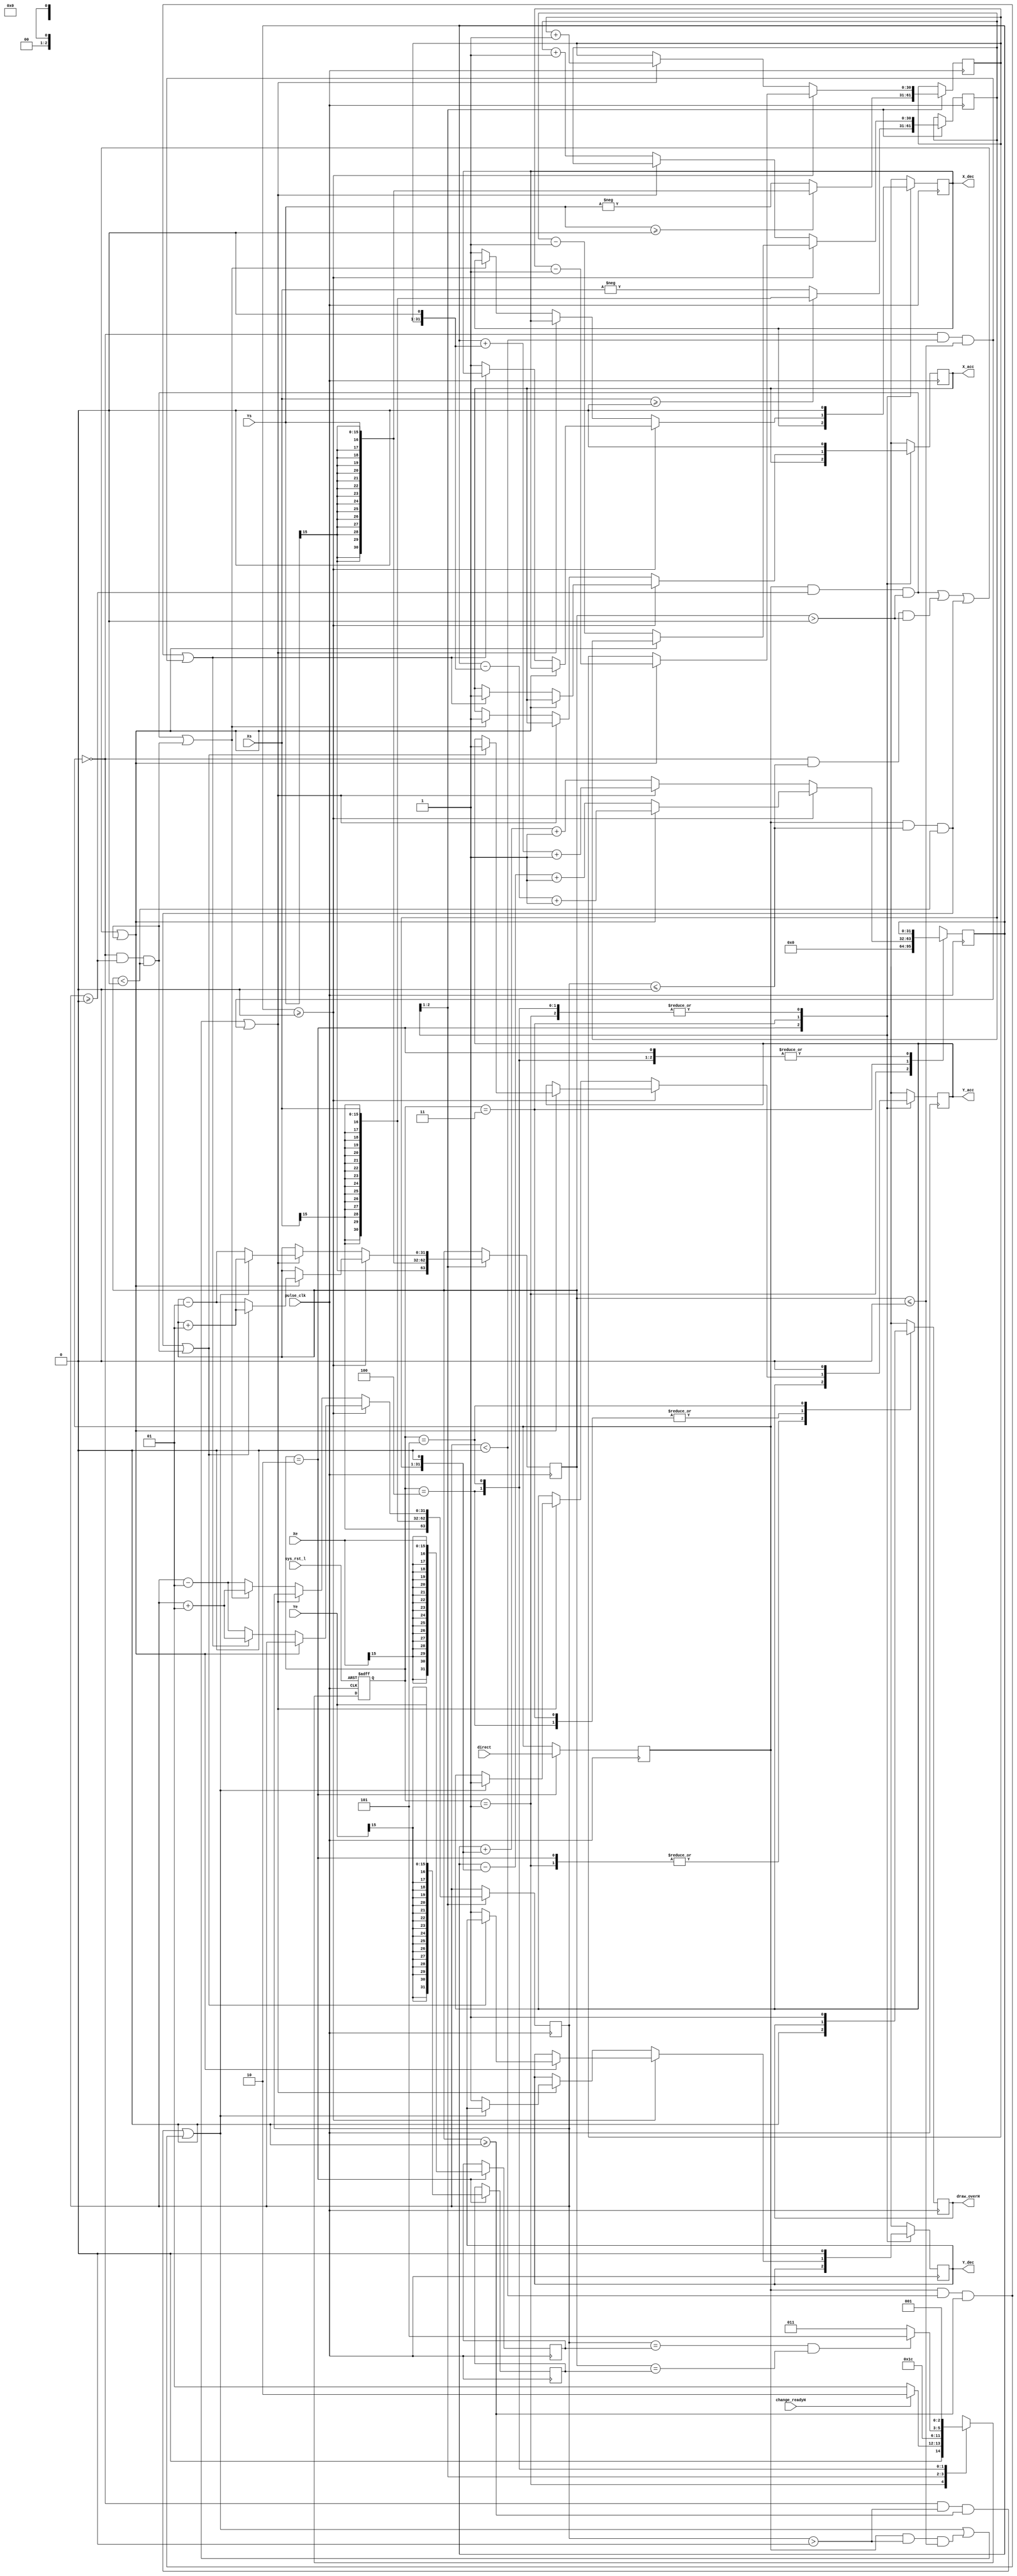

//

module test(// input
				pulse_clk,
				sys_rst_l,
				direct,
				Xs,
				Ys,
				Xe,
				Ye,
				change_readyH,
				// output
				X_acc,
				Y_acc,
				X_dec,
				Y_dec,
				draw_overH
);

parameter	LO 		= 1'b0,
          	HI		= 1'b1,		
 		  	X		= 1'bx;

parameter	r_IDLE 		= 3'b001,
			r_INIT		= 3'b010,
         	r_WORK  	= 3'b011,
			r_JUDGE		= 3'b100,
			r_0VER		= 3'b101;

reg		[2:0]		state;
reg		[2:0]		next_state;
			
input			pulse_clk;
input			sys_rst_l;
input			direct;
input	signed [15:0]	Xs;
input	signed [15:0]	Ys;
input	signed [15:0]	Xe;
input	signed [15:0]	Ye;
input			change_readyH;

output			X_acc;
output			Y_acc;
output			X_dec;
output			Y_dec;
output			draw_overH;

reg				X_acc;
reg				Y_acc;
reg				X_dec;
reg				Y_dec;
reg				draw_overH;


integer		i_Xe;		//
integer		i_Ye;
integer		i_Xi;		//
integer		i_Yi;
reg		[30:0]	Xi_abs;		//
reg		[30:0]	Yi_abs;
reg				i_direct;
integer			i_sign;		//
integer			error;		//

///
always @ (posedge pulse_clk or negedge sys_rst_l) begin //
	if(~sys_rst_l)
		state <= r_IDLE;
	else
		state <= next_state;
end

always @ (state or change_readyH or i_Xi or i_Yi) begin
	
	next_state = X;
		
    case(state)
	
		r_IDLE: begin
			if (change_readyH)
				next_state = r_INIT;
			else
				next_state = r_IDLE;	
		end
		
		r_INIT: begin
			next_state = r_WORK;
		
		end
		
		r_WORK: begin
				next_state = r_JUDGE;
		end
		
		r_JUDGE: begin
			if (i_Xi == i_Xe && i_Yi == i_Ye)
				next_state = r_0VER;
			else
				next_state = r_WORK;	
		end		
		
		r_0VER: begin
				next_state = r_IDLE;	
		end
    endcase
end


always @ (posedge pulse_clk) begin

	case(state)

		r_IDLE: begin//
			draw_overH = LO;	
			X_acc = 0;
			Y_acc = 0;
			X_dec = 0;
			Y_dec = 0;	
			error = 0;
		end
		
		r_INIT: begin	//
			draw_overH = LO;
			i_Xe = Xe;
			i_Ye = Ye;
			i_Xi = Xs;
			i_Yi = Ys;
			i_direct = direct;
			
			if (i_Xi >= 0)
				Xi_abs = i_Xi;
			else
				Xi_abs = -i_Xi;
				
			if (i_Yi >= 0)
				Yi_abs = i_Yi;
			else
				Yi_abs = -i_Yi;
		end
		
		r_WORK: begin
			if (error >= 0) begin
				if (i_direct == 1 && i_Xi >= 0 && i_Yi > 0	//SR1
					||i_direct == 0 && i_Xi <= 0 && i_Yi > 0	//NR2
					||i_direct == 1 && i_Xi <= 0 && i_Yi < 0	//SR3
					||i_direct == 0 && i_Xi >= 0 && i_Yi < 0	//NR4
				) begin
					if (i_direct == 1 && i_Xi <= 0 && i_Yi < 0	//SR3
						||i_direct == 0 && i_Xi >= 0 && i_Yi < 0	//NR4
					) begin
						Y_acc = 1;
						i_Yi = i_Yi + 1;
					end
					else begin
						Y_dec = 1;
						i_Yi = i_Yi - 1;						
					end
					error = error - {Yi_abs[30:0],1'b0} + 1;
					Yi_abs = Yi_abs - 31'b1;
				end
				else begin
					if (i_direct == 1 && i_Xi < 0 && i_Yi >= 0	//SR2
						||i_direct == 0 && i_Xi < 0 && i_Yi <= 0	//NR3
					) begin	
						X_acc = 1;
						i_Xi = i_Xi + 1;
					end
					else begin
						X_dec = 1;
						i_Xi = i_Xi - 1;						
					end
					error = error - {Xi_abs[30:0],1'b0} + 1;
					Xi_abs = Xi_abs - 31'b1;
				end
			end
			else begin
				if (i_direct == 0 && i_Xi > 0 && i_Yi >= 0		//NR1
					||i_direct == 1 && i_Xi < 0 && i_Yi >= 0		//SR2
					||i_direct == 1 && i_Xi > 0 && i_Yi <= 0		//NR4
					||i_direct == 0 && i_Xi < 0 && i_Yi <= 0		//SR3
				) begin
					if (i_direct == 0 && i_Xi > 0 && i_Yi >= 0	//NR1
						||i_direct == 1 && i_Xi < 0 && i_Yi >= 0	//SR2
					) begin
						Y_acc = 1;
						i_Yi = i_Yi + 1;
					end						
					else begin
						Y_dec = 1;
						i_Yi = i_Yi - 1;
					end
					error = error + {Yi_abs[30:0],1'b0} + 1;
					Yi_abs = Yi_abs + 31'b1;
				end
				else begin
					if (i_direct == 1 && i_Xi >= 0 && i_Yi > 0	//SR1
						||i_direct == 0 && i_Xi >= 0 && i_Yi < 0	//NR4
					) begin
						X_acc = 1;
						i_Xi = i_Xi + 1;
					end
					else begin
						X_dec = 1;
						i_Xi = i_Xi - 1;
					end
					error = error + {Xi_abs[30:0],1'b0} + 1;
					Xi_abs = Xi_abs + 31'b1;	
				end		
			end
		end
		
		r_JUDGE: begin
			X_acc = 0;
			X_dec = 0;
			Y_acc = 0;
			Y_dec = 0;	
		end		
		
		r_0VER: begin
			draw_overH = HI;
			X_acc = 0;
			X_dec = 0;
			Y_acc = 0;
			Y_dec = 0;	
		end

		default: begin
			draw_overH = X;	
			X_acc = X;
			Y_acc = X;
			X_dec = X;
			Y_dec = X;
			error = X;
		end
	endcase

end
///


endmodule